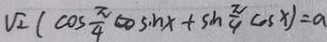
\sqrt { 2 } ( \cos \frac { \pi } { 4 } \cos n x + \sin \frac { \pi } { 4 } \cos x ) = a